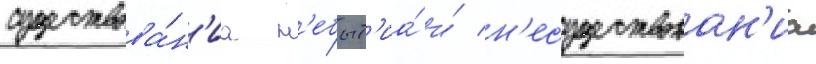
существова́н'иа н'ебыт'иа́ и́ н'есуществован'иа